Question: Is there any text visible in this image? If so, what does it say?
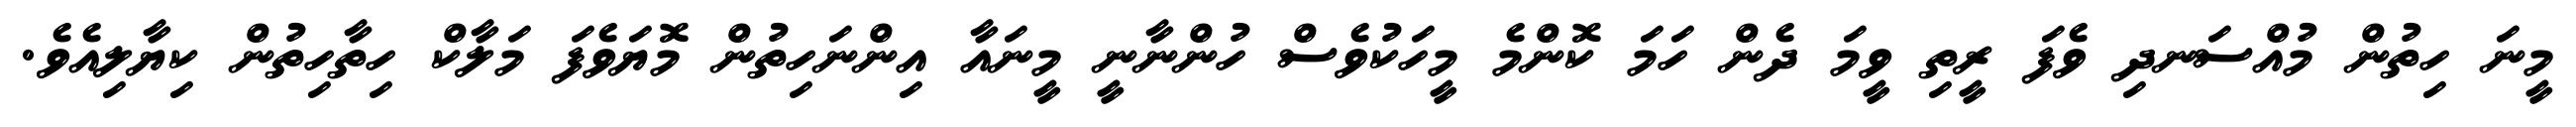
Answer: މީނަ ހިތުން މުއްސަނދި ވެފަ ރީތި ވީމަ ދެން ހަމަ ކޮންމެ މީހަކުވެސް ހުންނާނީ މީނައާ އިންނަހިތުން މޮޔަވެފަ މަލާކް ހިތާހިތުން ކިޔާލިއެވެ.